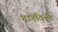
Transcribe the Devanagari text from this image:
ग्रानविल्ले